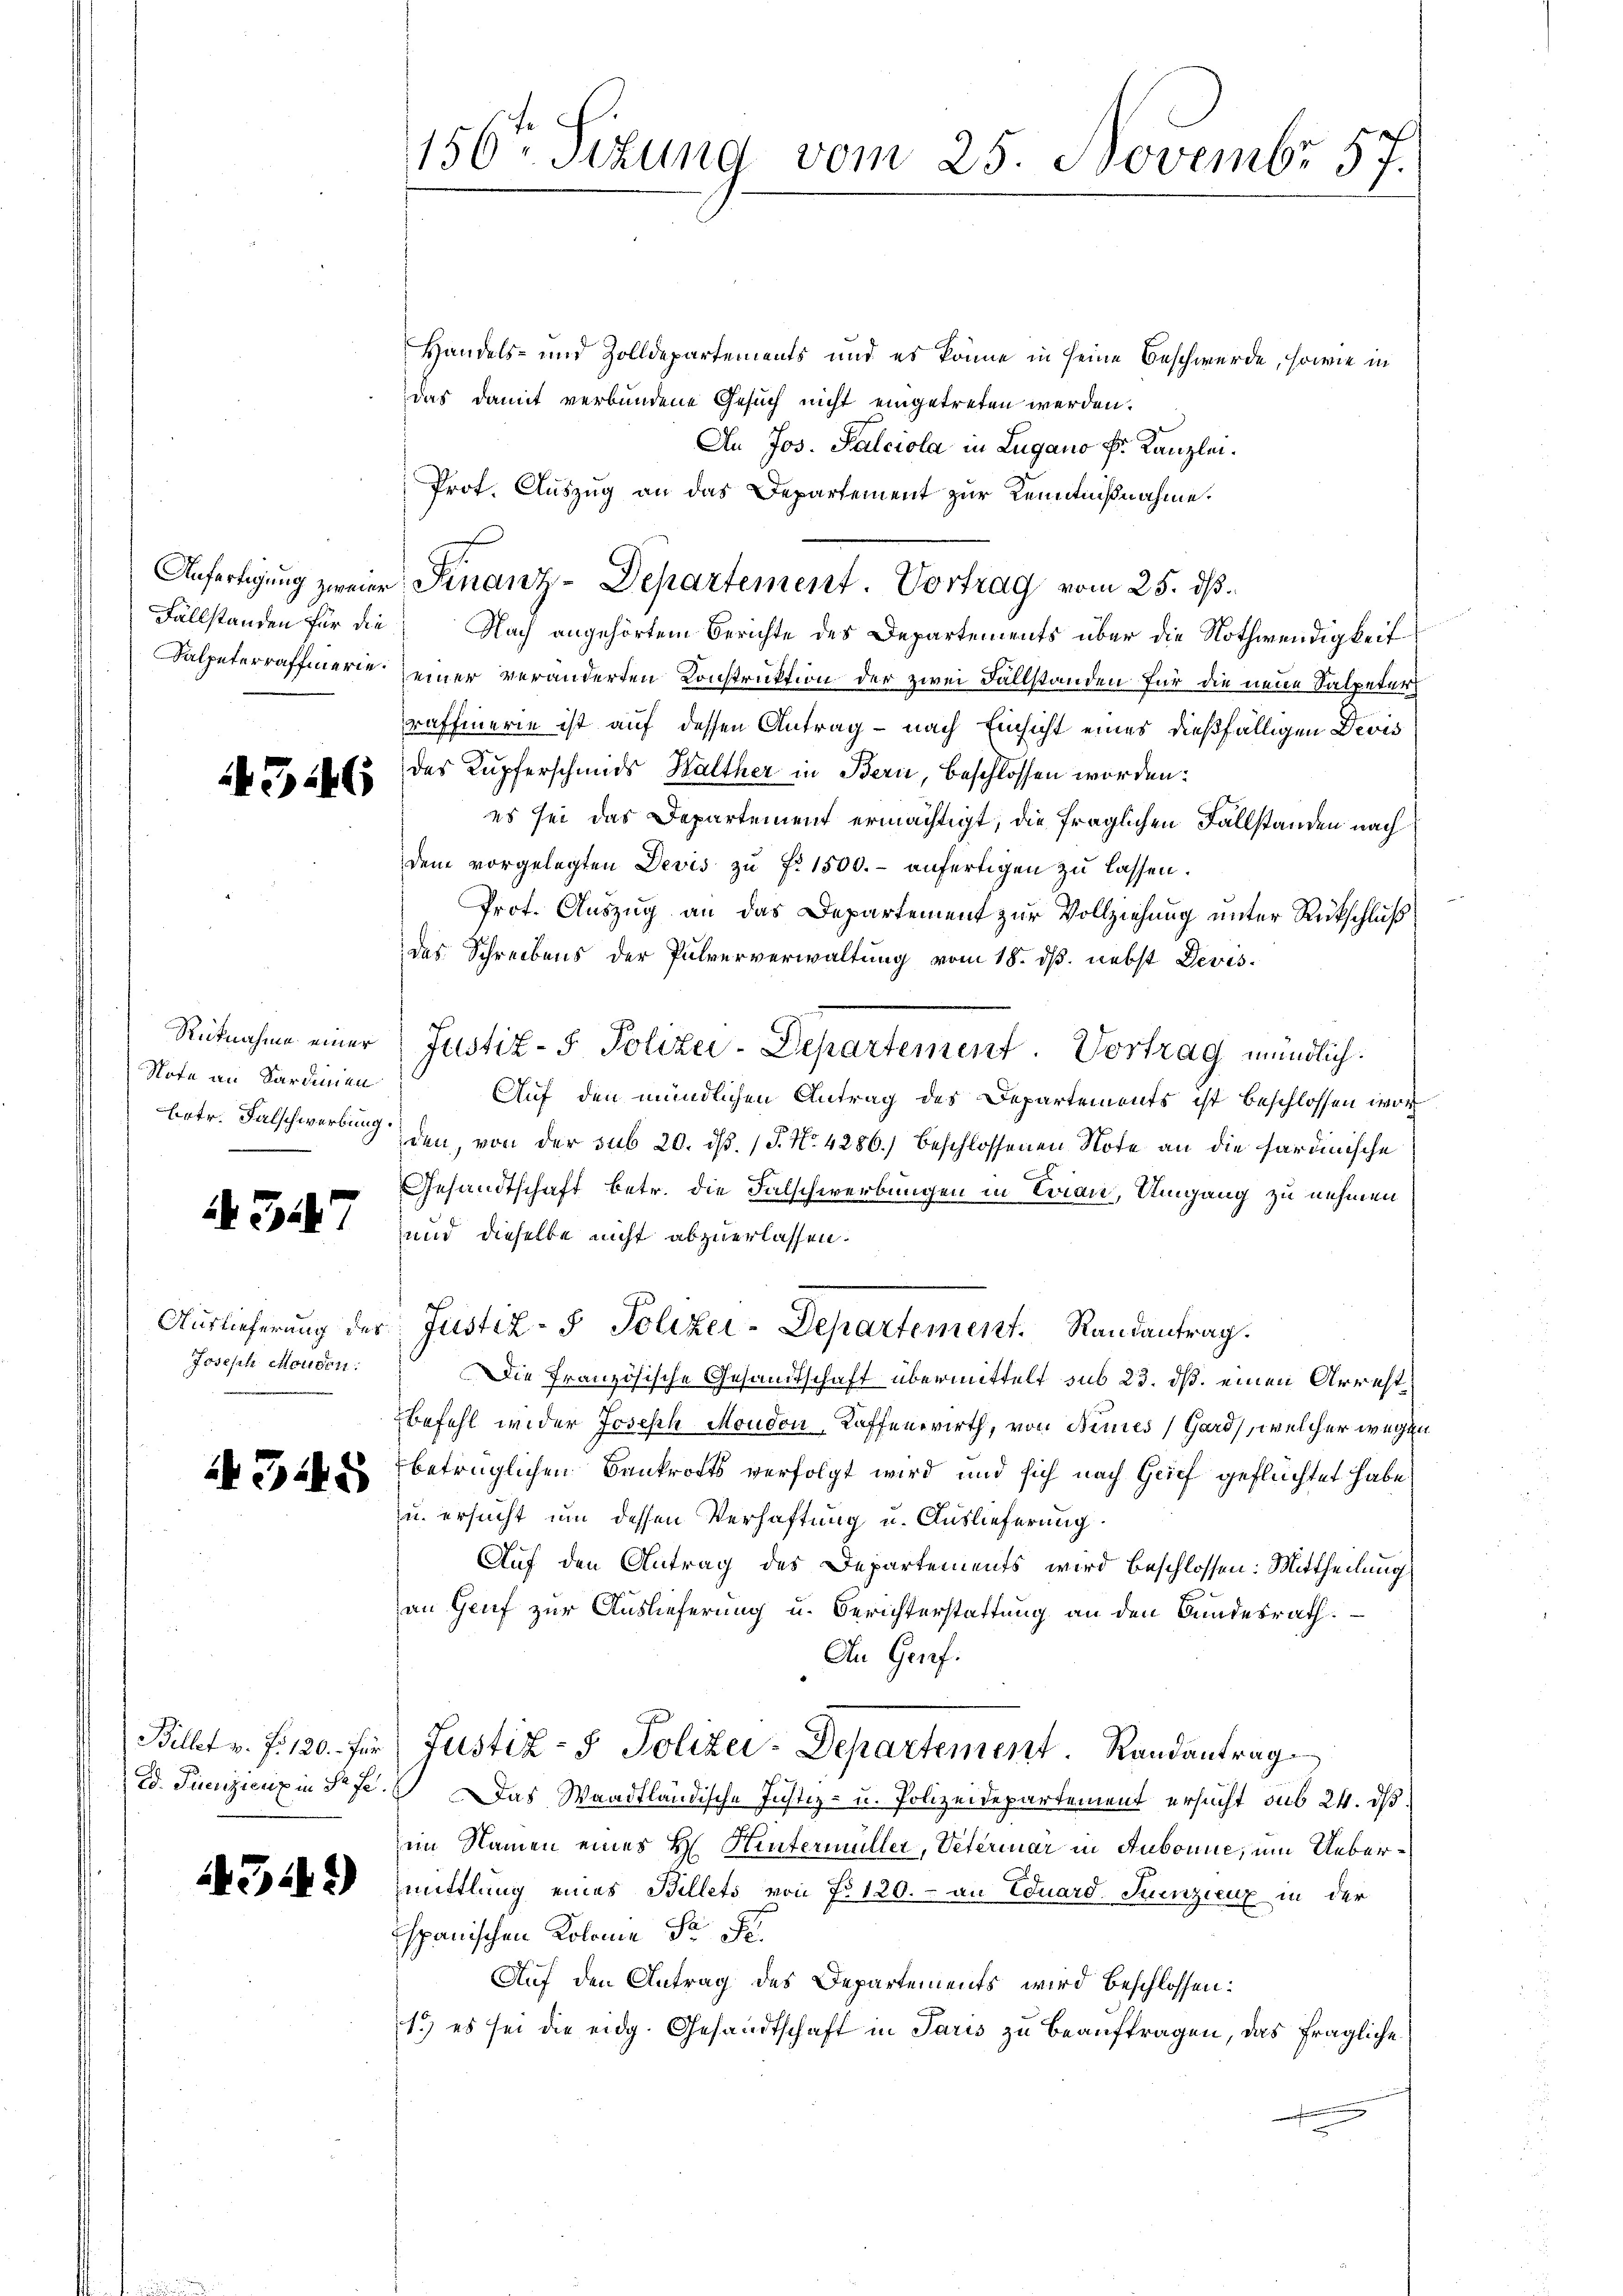
4346

Note an Sardinien

A 347

Joseph Moudon.

345

4342)

156. Sizung vom 25. Novembr 57.

Handels- und Zolldepartements und es könne in seine Beschwerde, sowie in
das damit verbundene Gesuch nicht eingetreten werden.
An Jos. Salciola in Lugano F. Kanzlei.
Prot. Auszug an das Departement zur Kenntnißnahme.
Fallständen für die Nach angehörtem Berichte des Departements über die Nothwendigkeit
Kalpeterraffierie seiner veränderten Konstruktion der zwei Fallständen für die neue Salpeter
raffierie ist auf dessen Antrag – nach Einsicht eines dießfälligen Devis
des Kupferschmids Walther in Bern, beschlossen worden:
es sei das Departement ermächtigt, die fraglichen Fallständen nach
dem vorgelegten Devis zŭ Fr. 1500.- anfertigen zu lassen.
Prot. Auszug an das Departement zur Vollziehung unter Rückschluß
das Schreibens der Pulververwaltung vom 18. dß. nebst Devis
Rütnahme einer Justiz- & Polizei-Departement. Vortrag mündlich.
Auf den mündlichen Antrag des Departements ist beschlossen wor
betr. Falschwerbung den von der sub 20. d. 15. No. 4286.) beschlossenen Note an die sardinische
Gesandtschaft betr. die Falschwerbungen in Evian, Umgang zu nehmen
und dieselbe nicht abzuerlassen.
Auslieferung der Justiz- & Polizei-Departement. Randantrag.
Die Französische Gesandtschaft übermittelt sub 23. ds. einen Arrest
befehl wider Joseph Mondon, Kaffenwirth, von Benes Gard), welcher wegen
betrüglichen Bankrotts verfolgt wird, und sich nach Grief geflüchtet habe
u. ersucht um dessen Verhaftung u. Auslieferung
Auf den Antrag des Departements wird beschlossen: Mittheilung
an Genf zur Auslieferung u. Berichterstattung an den Bundesrath.
An Grief.
Billet v. J. 120. für Justiz- & Polizei-Departement. Randantrag
Ed. Fuenzieux in dr f. Das Waadtländische Justiz- u. Polizeidepartement ersucht sub 24. ds.
im Namen eines H. Hintermüller, Veterinar in Aubonne, um Uebermittlung eines Billets von No 120.- an Eduard Suenzieux in der
spanischen Kolonie dr Fe
Auf den Antrag des Departements wird beschlossen:
1.) es sei die eidg. Gesandtschaft in Paris zu beauftragen, das fragliche

Anfertigung zweier Finanz-Departement. Vortrag vom 25. dß.